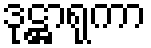
ဒုဋ္ဌာရုကာ